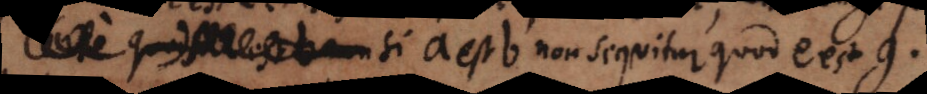
quod si a est b non sequitur quod e est g